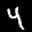
Label: 4